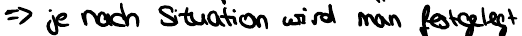
=> je nach Situation wird man festgelegt